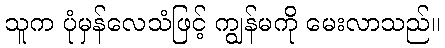
သူက ပုံမှန်လေသံဖြင့် ကျွန်မကို မေးလာသည်။